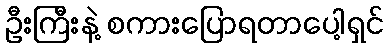
ဦးကြီးနဲ့ စကားပြောရတာပေါ့ရှင်